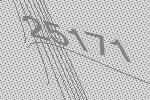
25171